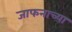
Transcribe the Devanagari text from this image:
जाफनाच्या